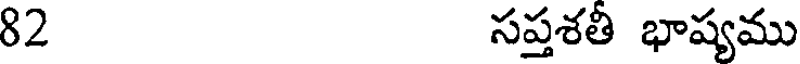
82 సప్తశతీ భాష్యము